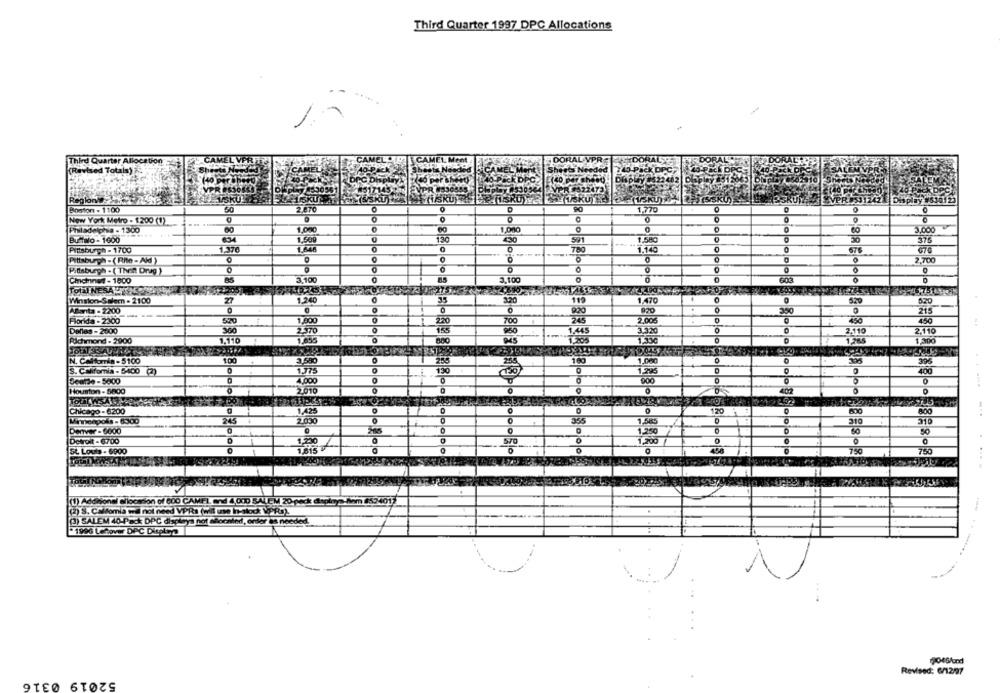
Third Quarter 1997 DPC Allocations
Third Quarter Allocation
(Revised Totals) 2%
VPR $522472
Regionles
ISKU
FISKUYT
SRUY
VPR 9531242
display #530123
1.770
Boston - 1100
50
2.870
New York Metro - 1200 (1)
O
Priladelphia - 1300
1,00o
O
3,000
60
1.000
BT Talo - 1600
130
591
1.58C
376
Pittsburgh - 1700
1.376
780
1.140
0
676
670
Pittsburgh - (Rite-Ald)
0
2,700
Pittsburgh . ( Then Drag )
0
Chchnwe - 1800
85
3.100
3.100
Winston-Salem - 2100
1.240
35
120
119
1.470
0
Afanta - 2200
.
O
350
Florida - 2300
245
450
520
1,800
700
Dallas - 2000
2370
155
1.445
0
2.110
2,110
Richmond - 2900
1.110
1.855
0
1.265
1.300
N. California - 5100
10
3,580
255
180
396
S. Califomia - 5-400 (2)
1.775
1 130
400
Searde - 5000
4.000
0
Houston - 5800
2010
0
Chicago - 6200
1.425
120
Minneapolis - 6300
245
355
1.585
310
Denver - 6000
Moo
50
1.250
Detroit - 6700
1.250
570
1,200
St Louis - 6900
1.815 ₽
O
o
750
(1) Additional allocation of 600 CAMIEL and 4,000 SALEM 20 pack depin
Mam 8534017
(2) S. Califomia wa not need VPRs (wit use In-słod VPRo).
(3) SALEM 40-Pack DPC displays not Moonled, order is needed.
1996 Lehover DIAC Display
Revised: 6/12/07
52019 0316